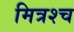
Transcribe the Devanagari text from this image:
मित्रश्च